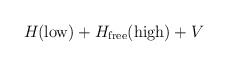
\begin{align*}H_{}({\rm low})+H_{\rm free}({\rm high}) + V\end{align*}